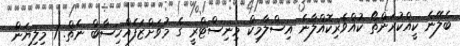
ބެލޭނެ ކީއްކުރަންތޯ ކުއްވެރިކޮއްލާނެ އިސްލާމިކް މިނިސްޓްރީ ގެ މުވަށްޒަފެއްހިސާބް ނެތް. 1 މިލިޔަން